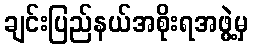
ချင်းပြည်နယ်အစိုးရအဖွဲ့မှ